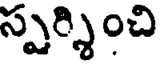
స్పర్శించి